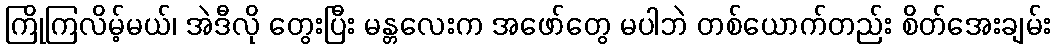
ကြိုကြလိမ့်မယ်၊ အဲဒီလို တွေးပြီး မန္တလေးက အဖော်တွေ မပါဘဲ တစ်ယောက်တည်း စိတ်အေးချမ်း